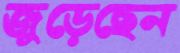
জুড়েছেন